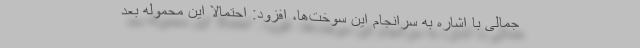
جمالی با اشاره به سرانجام این سوخت‌ها، افزود: احتمالا این محموله بعد